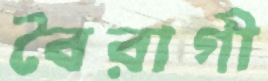
বৈরাগী